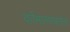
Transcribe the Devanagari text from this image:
वर्तमानपत्रानेच